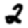
Digit: 2